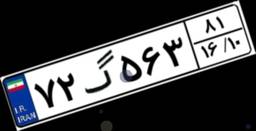
۷۲گ۵۶۳۸۱